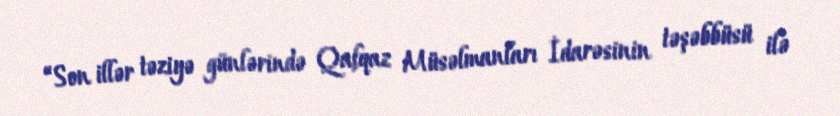
“Son illər təziyə günlərində Qafqaz Müsəlmanları İdarəsinin təşəbbüsü ilə